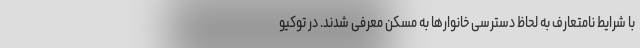
با شرایط نامتعارف به لحاظ دسترسی خانوارها به مسکن معرفی شدند. در توکیو